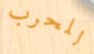
للحرب